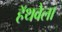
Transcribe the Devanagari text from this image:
हॅथवेला